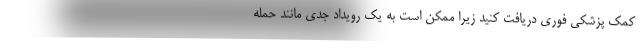
کمک پزشکی فوری دریافت کنید زیرا ممکن است به یک رویداد جدی مانند حمله